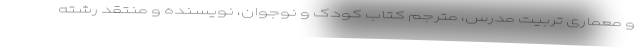
و معماری تربیت مدرس، مترجم کتاب کودک و نوجوان، نویسنده و منتقد رشته